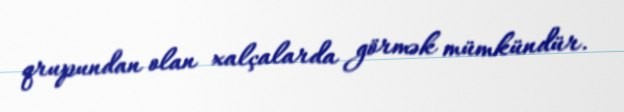
qrupundan olan xalçalarda görmək mümkündür.